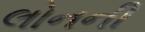
લોનની